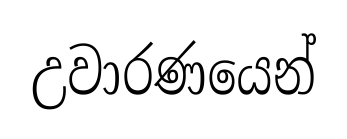
උවාරණයෙන්